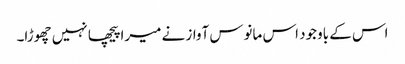
اس کے باوجود اس مانوس آواز نے میرا پیچھا نہیں چھوڑا۔